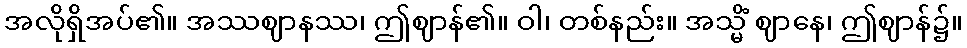
အလိုရှိအပ်၏။ အဿဈာနဿ၊ ဤဈာန်၏။ ဝါ၊ တစ်နည်း။ အသ္မိံ ဈာနေ၊ ဤဈာန်၌။